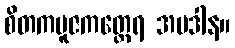
စိတကပူဇကတ္ထေရ အပဒါန။